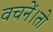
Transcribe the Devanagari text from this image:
वचनें।तो